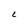
Character: L